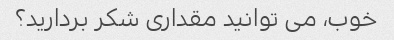
خوب، می توانید مقداری شکر بردارید؟